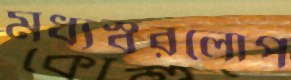
মধ্যস্বরলোপ